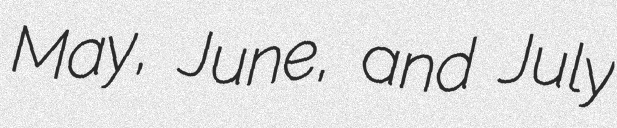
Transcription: May, June, and July